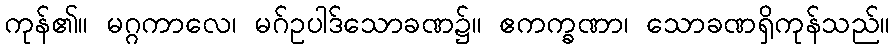
ကုန်၏။ မဂ္ဂကာလေ၊ မဂ်ဥပါဒ်သောခဏ၌။ ဧကက္ခဏာ၊ သောခဏရှိကုန်သည်။